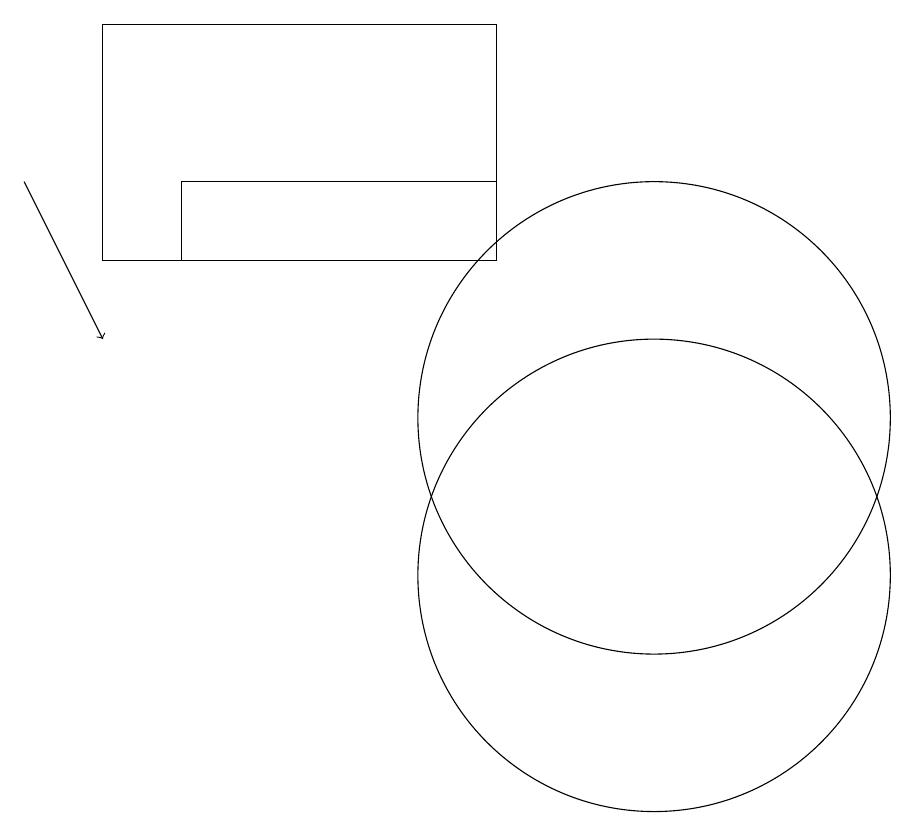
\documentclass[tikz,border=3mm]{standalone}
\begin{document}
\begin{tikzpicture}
\draw (10,12) circle (0);
\draw (3,17) rectangle (8,14);
\draw (4,15) rectangle (8,14);
\draw (10,10) circle (3);
\draw[->] (2,15) -- (3,13);
\draw (10,12) circle (3);
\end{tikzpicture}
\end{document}